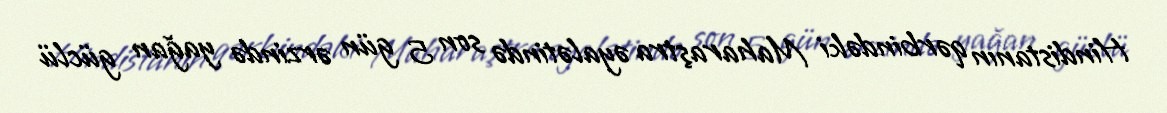
Hindistanın qərbindəki Maharaştra əyalətində son 5 gün ərzində yağan güclü